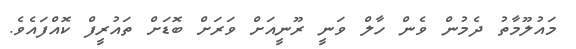
މައުލޫމާތު ދެމުން ވެން ހާލް ވަނީ ރޫނީއަށް ވަރަށް ބޮޑަށް ތައުރީފް ކޮއްފައެވެ.